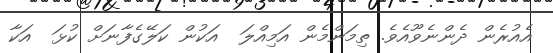
އެއުރެން ދެންނެވޫއެވެ. ތިމަންމެން އަމިއްލަ  އަކުން ކަލޭގެފާނަށް ކުޅަ  އަކާ